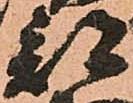
部